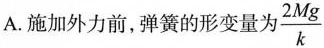
A.施加外力前，弹簧的形变量为 \frac{2Mg}{k}